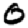
Digit: 0